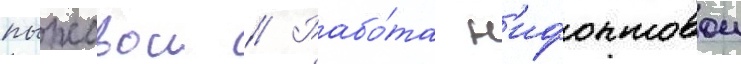
пыжовои // Рабо́та н'ифонтовои